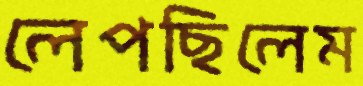
লেপছিলেম